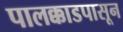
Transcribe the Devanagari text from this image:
पालक्काडपासून